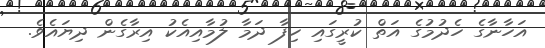
އަހާނާގެ ހެދުމުގެ އަތް ކުރީގައި ހިފާ ދަމާ ލުމާއިއެކު އިރާގެން ދިޔައެވެ.